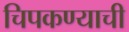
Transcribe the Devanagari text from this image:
चिपकण्याची